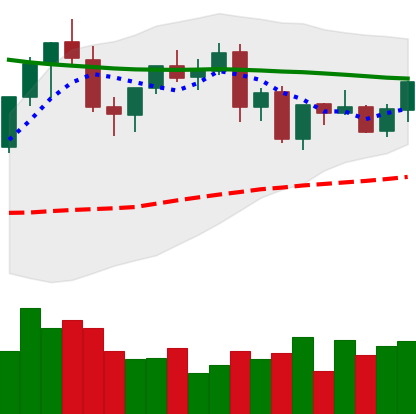
Ticker: EOS-USD
Chart end date: 2021-09-01
Forward return: 17.124%
Label: up_7plus